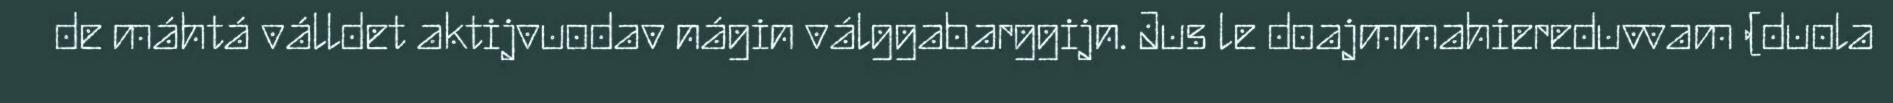
de máhtá válldet aktijvuodav nágin válggabarggijn. Jus le doajmmahiereduvvam (duola